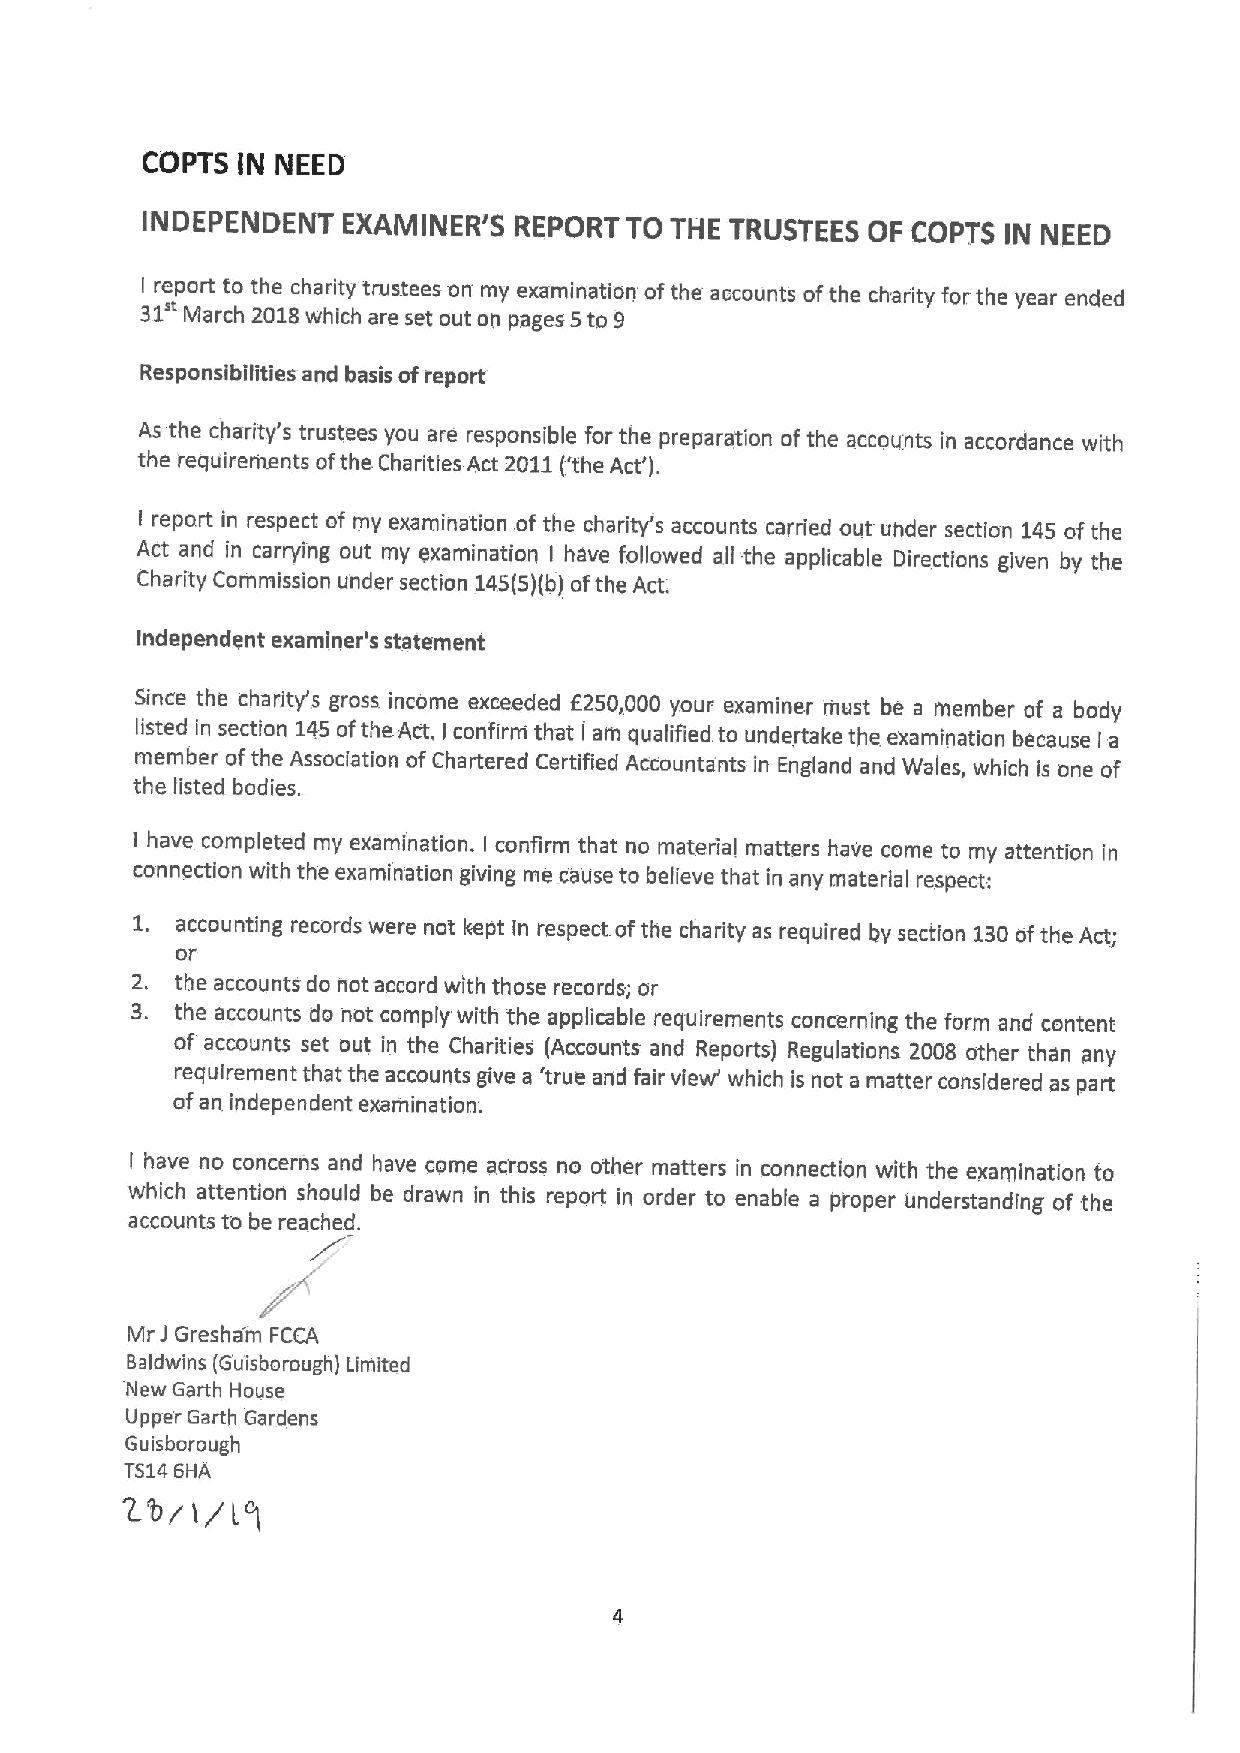
COPTS  IN NEED
 INDEPENDENT   EXAMINER'S REPORT TO THE TRUSTEES OF COPTS  IN NEED
 I report to the charity trustees on my examination ofthe accounts ofthe charity for the year ended
 31*'
 March 2018which are set out on pages 5to 9
 Responsibilities and basis ofreport'
 As the charity's trustees you are responsible for the preparation ofthe accou'nts in accordance with
 the requirements ofthe Charities Act 2011('the Act').
 I report in respect of my eXamination. of the charity's accounts carried out under section 145ofthe
 Act and in carrying out my examination I have followed all the applicable Directions given by the
 Charity Commission under section 145(5)(b)ofthe Act.
 Independent examiner's statement
 Since the charity's gross income exceeded f250,000 your examiner must be a member of a body
 listed in section 145ofthe Act, I confirni that I am qualified to undertake the examination because a
 I
 member ofthe Association ofChartered Certified Accountants in England and Wales, which is one of
 the listed bodies.
 I have completed my examination. I confirm that no material matters have come to my attention in
 connection with the examination giving me cause to believe that in any material respect:
 1.
 accounting records were not kept in respect ofthe charity as required by section 130ofthe Act;
 oi'
 2. the accounts do notaccord with those records', or
 3. the accounts do not comply with the applicable requirements concerning the form and content
 of accounts set out in the Charities (Accounts and Reports) Regulations 2008 other than any
 requirement that the accounts give a 'true and fair view' which is not a matter considered as part
 ofan independent examination.
 I have no concerns and have come across no other matters in connection with the examination to
 which attention should be drawn in this report in order to enable a proper understanding of the
 accounts to be reached.
 Mr J Gresham FCCA
 8aldwins (Guisborough) Limited
 New Garth House
 Upper Garth Gardens
 6uisborough
 TS146HA
 L'by)/lg